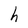
Character: h